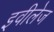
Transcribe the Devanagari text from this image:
इवीलेज